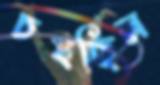
চষছিল